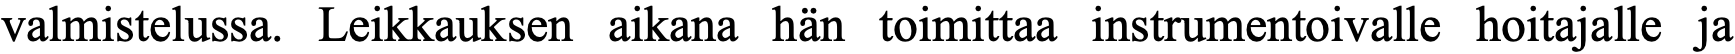
valmistelussa. Leikkauksen aikana hän toimittaa instrumentoivalle hoitajalle ja